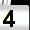
Digit: 4